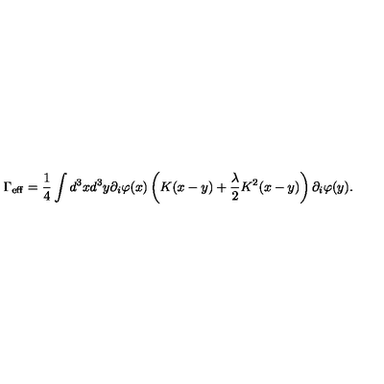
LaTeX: \Gamma _ { \mathrm { e f f } } = \frac { 1 } { 4 } \int d ^ { 3 } x d ^ { 3 } y \partial _ { i } \varphi ( x ) \left( K ( x - y ) + \frac { \lambda } { 2 } K ^ { 2 } ( x - y ) \right) \partial _ { i } \varphi ( y ) .